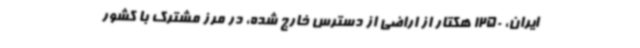
ایران، 1250 هکتار از اراضی از دسترس خارج شده، در مرز مشترک با کشور